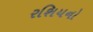
રશિયનો